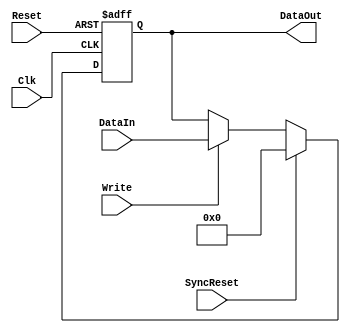
module matrix_register(DataIn, DataOut, Write, Clk, Reset, SyncReset);

parameter WIDTH = 32; // default parameter of the register width
parameter RESET_VALUE = 0;

input [WIDTH-1:0] DataIn;

input Write;
input Clk;
input Reset;
input SyncReset;

output [WIDTH-1:0] DataOut;
reg    [WIDTH-1:0] DataOut;



always @ (posedge Clk or posedge Reset)
begin
  if(Reset)
    DataOut<=#1 RESET_VALUE;
  else
  if(SyncReset)
    DataOut<=#1 RESET_VALUE;
  else
  if(Write)                         // write
    DataOut<=#1 DataIn;
end



endmodule